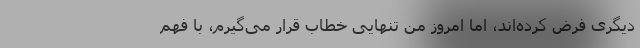
دیگری فرض کرده‌اند، اما امروز من تنهایی خطاب قرار می‌گیرم، با فهم